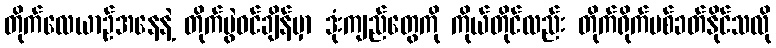
တိုက်လေယာဉ်အနေနဲ့ တိုက်ပွဲဝင်ချိန်မှာ ဒုံးကျည်တွေကို ကိုယ်တိုင်လည်း တိုက်ရိုက်ပစ်ခတ်နိုင်သလို